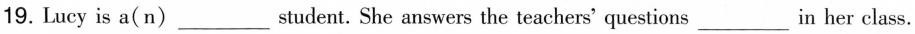
19. Lucy is a(n)___student. She answers the teachers' questions___in her class.